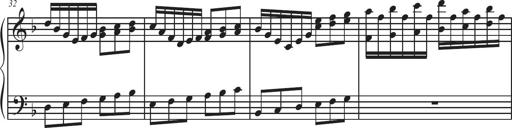
Title: Sonatina Espania
Composer: Jerald Franklin Archer
Key: Various